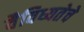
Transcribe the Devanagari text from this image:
वैविध्यतेचे